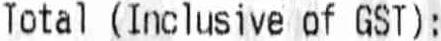
TOTAL (INCLUSIVE OF GST):